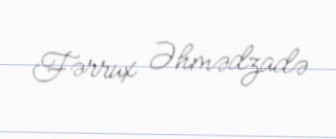
Fərrux Əhmədzadə